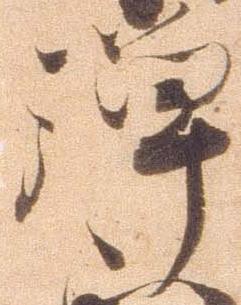
禅